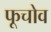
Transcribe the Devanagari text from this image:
फूचोव